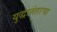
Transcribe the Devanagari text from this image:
युद्धानंतरचा